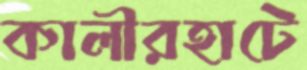
কালীরহাটে